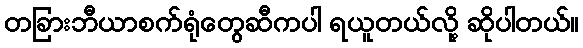
တခြားဘီယာစက်ရုံတွေဆီကပါ ရယူတယ်လို့ ဆိုပါတယ်။